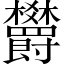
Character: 欝